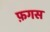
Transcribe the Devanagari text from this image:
फ़गस